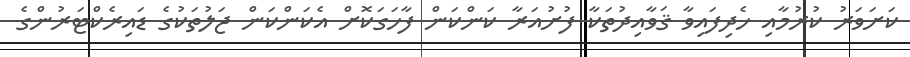
ކަށަވަރު ކުރުމާއި ހެދިފައިވާ ޤަވާއިދުތަކާ ފުށުއަރާ ކަންކަން ފާހަގަކޮށް އެކަންކަން ޖަލުތަކުގެ ޑައިރެކްޓަރުންގެ